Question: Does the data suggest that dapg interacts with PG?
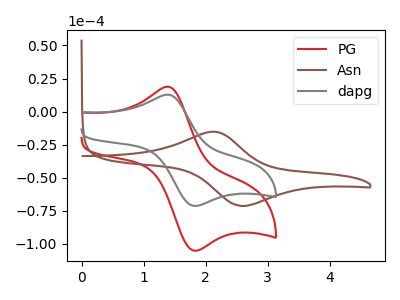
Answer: <think>The red curve "PG" has an anodic peak at (1.35V, 18.75uA) and a cathodic peak at (1.85V, -105.30uA). The brown curve "Asn" has an anodic peak at (2.10V, -15.25uA) and a cathodic peak at (2.60V, -71.35uA). The gray curve "dapg" has an anodic peak at (1.35V, 12.75uA) and a cathodic peak at (1.85V, -71.40uA).
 All the peaks in "dapg" have a peak in "PG" at the same potential. Every peak in "dapg" is lower than every peak in "PG".</think>
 <answer>No, "dapg" and "PG" don't appear to be significantly different in shape</answer>
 <eval>no_change</eval>